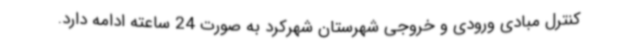
کنترل مبادی ورودی و خروجی شهرستان شهرکرد به صورت 24 ساعته ادامه دارد.